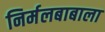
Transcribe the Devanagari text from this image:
निर्मलबाबाला